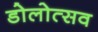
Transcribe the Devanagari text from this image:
डोलोत्सव